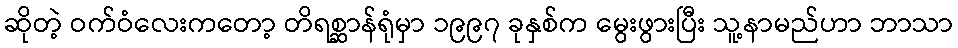
ဆိုတဲ့ ဝက်ဝံလေးကတော့ တိရစ္ဆာန်ရုံမှာ ၁၉၉၇ ခုနှစ်က မွေးဖွားပြီး သူ့နာမည်ဟာ ဘာသာ